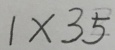
1 \times 3 5